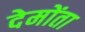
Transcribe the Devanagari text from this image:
देमोंता